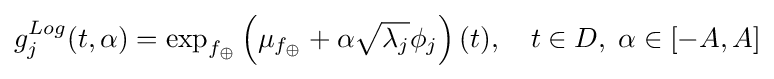
g_{j}^{Log}(t,\alpha )=\exp _{f_{\oplus }}\left(\mu _{f_{\oplus }}+\alpha {\sqrt {\lambda _{j}}}\phi _{j}\right)(t),\quad t\in D,\;\alpha \in [-A,A]